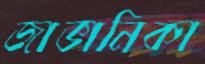
জাভানিকা